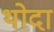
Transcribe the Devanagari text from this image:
थोदा